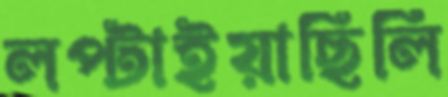
লপ্‌টাইয়াছিলি